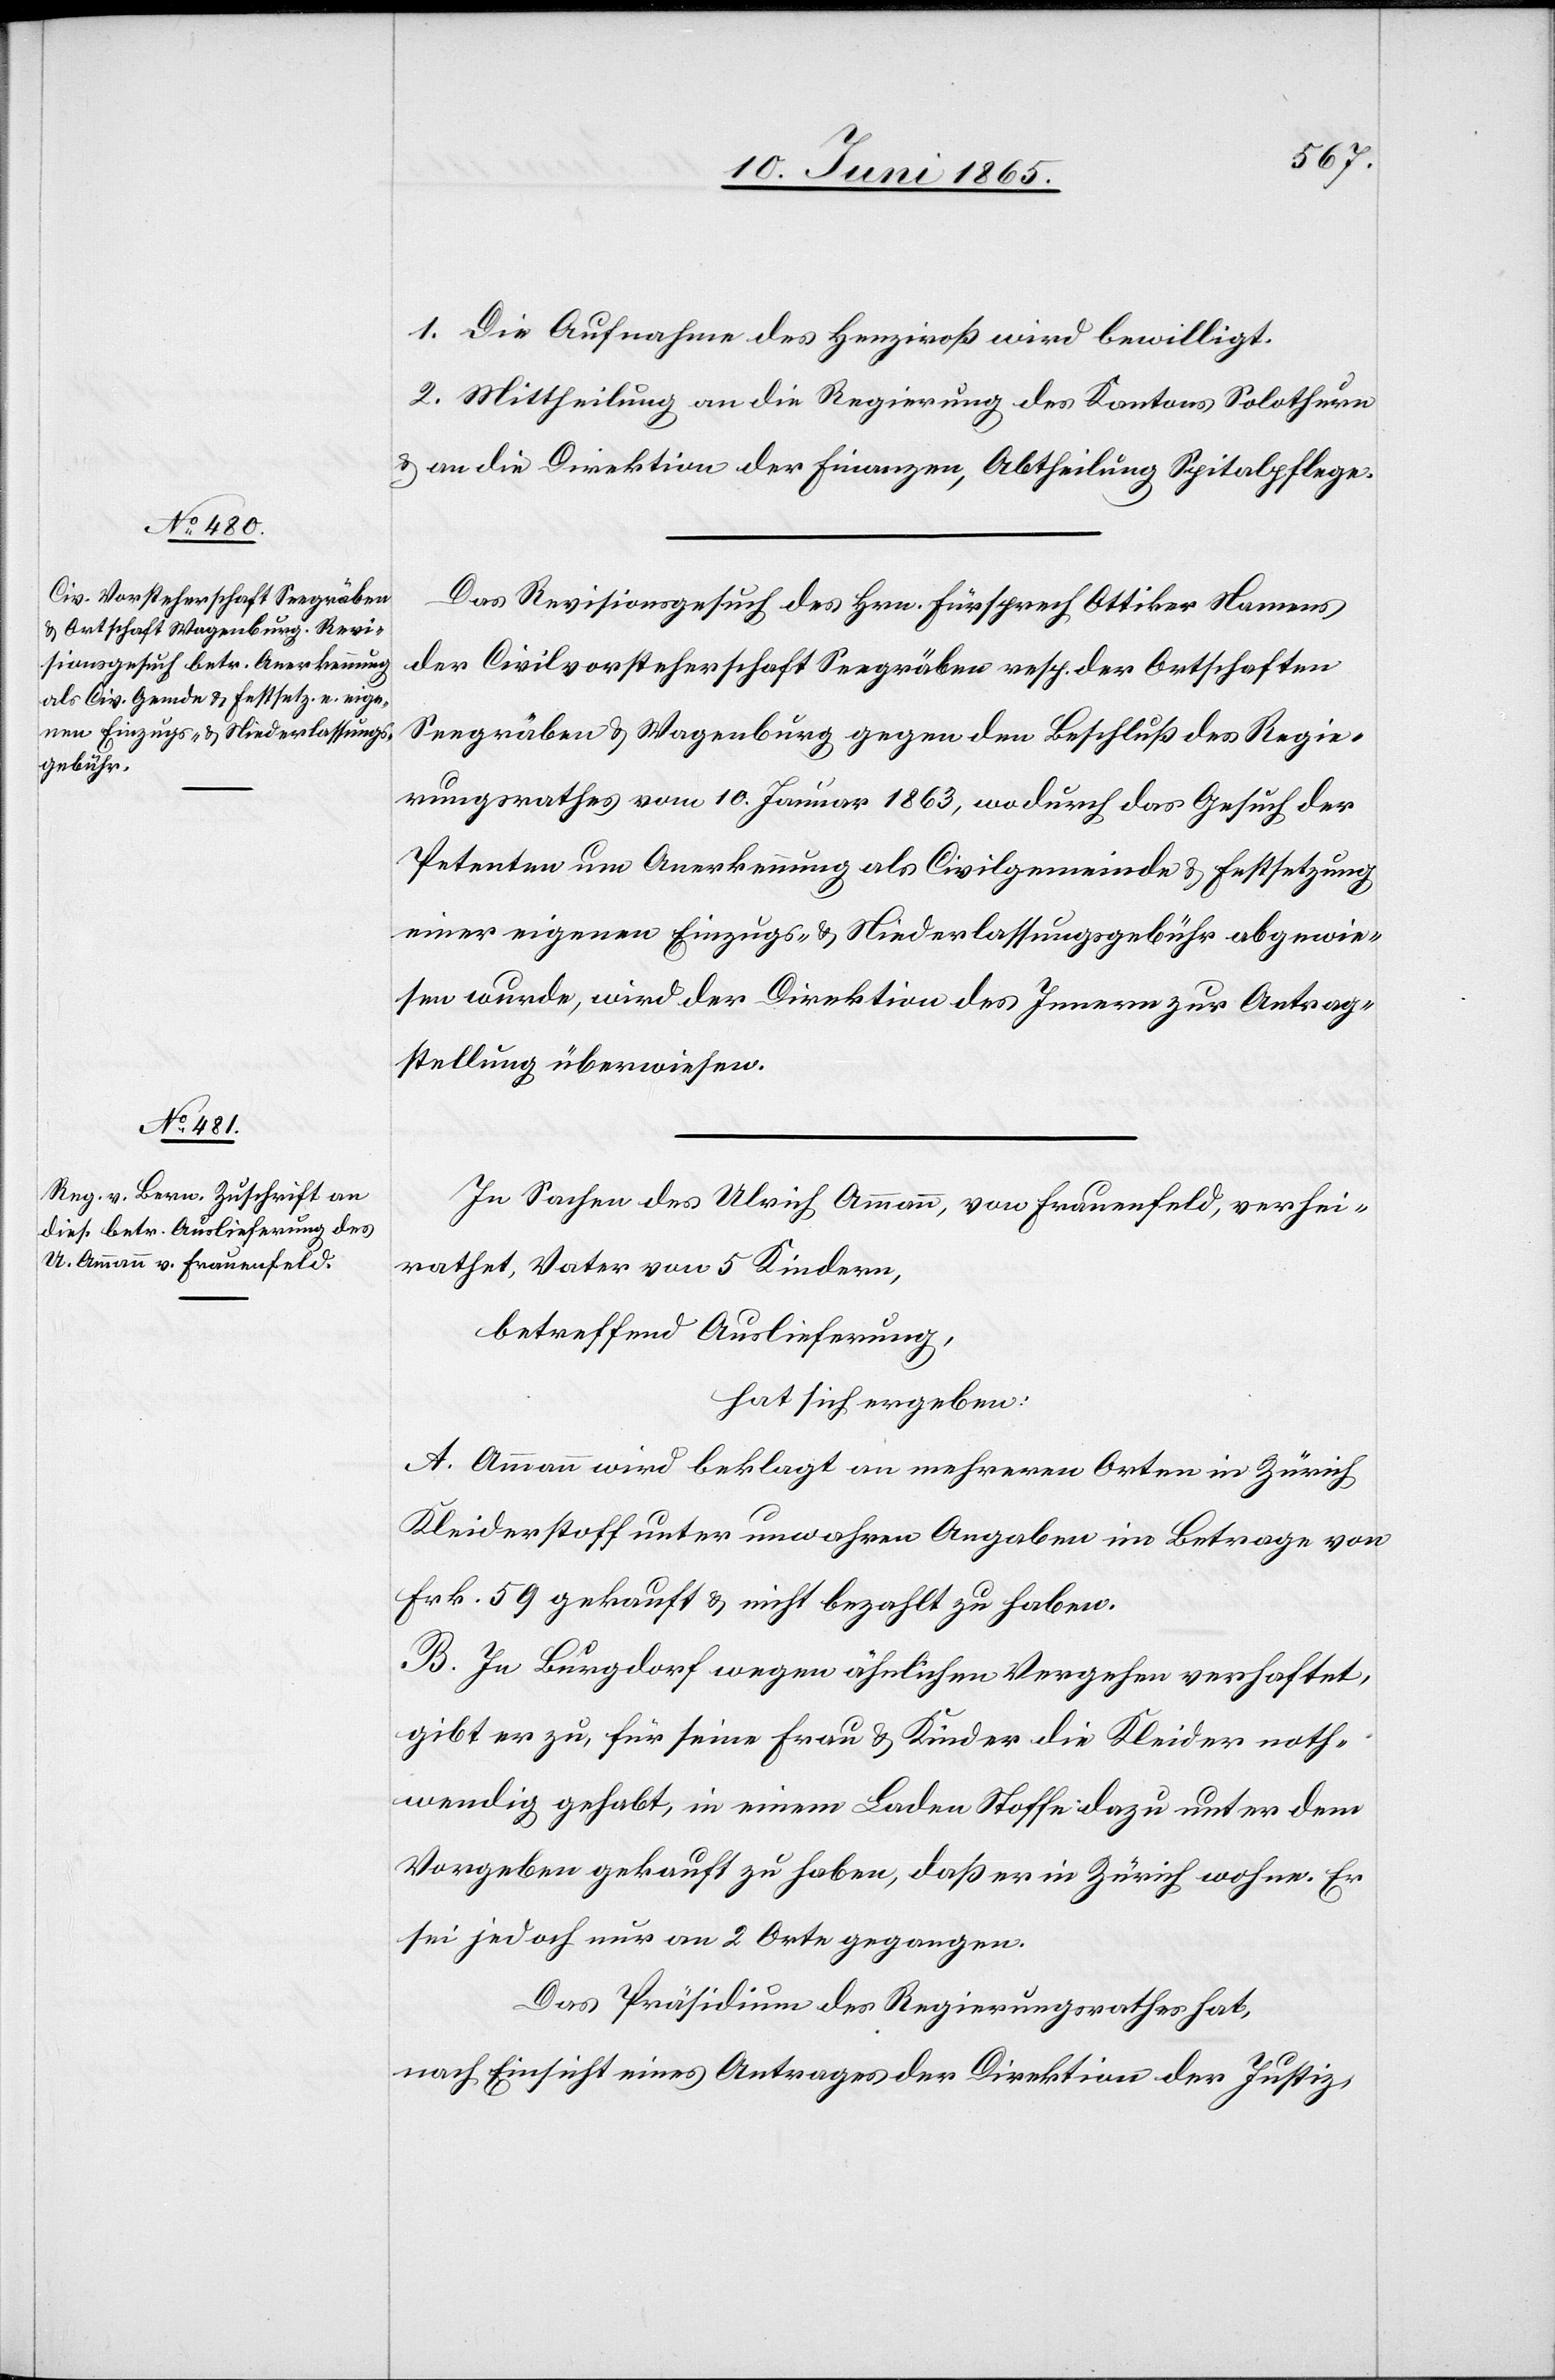
10. Juni 1865.]
1. Die Aufnahme des Henziroß wird bewilligt.
2. Mittheilung an die reg des Kantons Solothurn & an die
Das Revisionsgesuch des Hrn. Fürsprech Ottiker Namens
der Civilvorsteherschaft Seegräben resp. der Ortschaften
Seegräben & Wagenburg gegen den Beschluß des Regie¬
rungsrathes vom 10. Januar 1863, wodurch das Gesuch der
Petenten um Anerkennung als Civilgemeinde & Festsetzung
einer eigenen Einzugs- & Niederlassungsgebühr abgewie¬
sen wurde, wird der Direktion des Innern zur Antrag¬
stellung überwiesen.
In Sachen des Ulrich Ammann, von Frauenfeld, verhei¬
rathet, Vater von 5 Kindern,
betreffend Auslieferung,
hat sich ergeben:
A. Ammann wird beklagt an mehreren Orten in Zürich
Kleiderstoff unter unwahren Angaben im Betrage von
Frk. 59 gekauft & nicht bezahlt zu haben.
B. In Burgdorf wegen ähnlichen Vergehen verhaftet,
gibt er zu, für seine Frau & Kinder die Kleider noth¬
wendig gehabt, in einem Laden Stoffe dazu unter dem
Vorgeben gekauft zu haben, daß er in Zürich wohne. Er
sei jedoch nur an 2 Orte gegangen.
Das Präsidium des Regierungsrathes hat,
nach Einsicht eines Antrages der Direktion der Justiz,